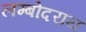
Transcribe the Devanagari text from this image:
लम्बोदराय